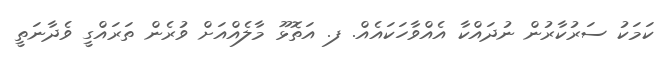
ކަމަކު ސަރުކާރުން ނުދައްކާ އެއްވާހަކައެއް. ފ. އަތޮޅޫ މާލެއްއަށް ވުރެން ތަރައްގީ ވެދާނަތީ